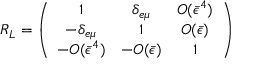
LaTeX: R _ { L } = \left( \begin{array} { c c c } { { 1 } } & { { \delta _ { e \mu } } } & { { O ( \bar { \epsilon } ^ { 4 } ) } } \\ { { - \delta _ { e \mu } } } & { { 1 } } & { { O ( \bar { \epsilon } ) } } \\ { { - O ( \bar { \epsilon } ^ { 4 } ) } } & { { - O ( \bar { \epsilon } ) } } & { { 1 } } \end{array} \right)